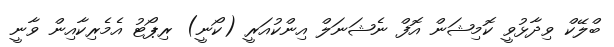
ބްލޭކް ވިދާޅުވީ ކޮމިޝަން އޮފް ނެޝަނަލް އިންކުއަރީ (ކޯނީ) ރިޕޯޓު އެމެރިކާއިން ވާނީ